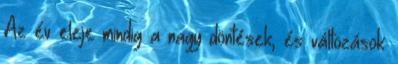
Az év eleje mindig a nagy döntések, és változások